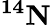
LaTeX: \boldsymbol{^{14}\mathrm{N}}